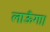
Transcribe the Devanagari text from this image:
लाऊँगा।